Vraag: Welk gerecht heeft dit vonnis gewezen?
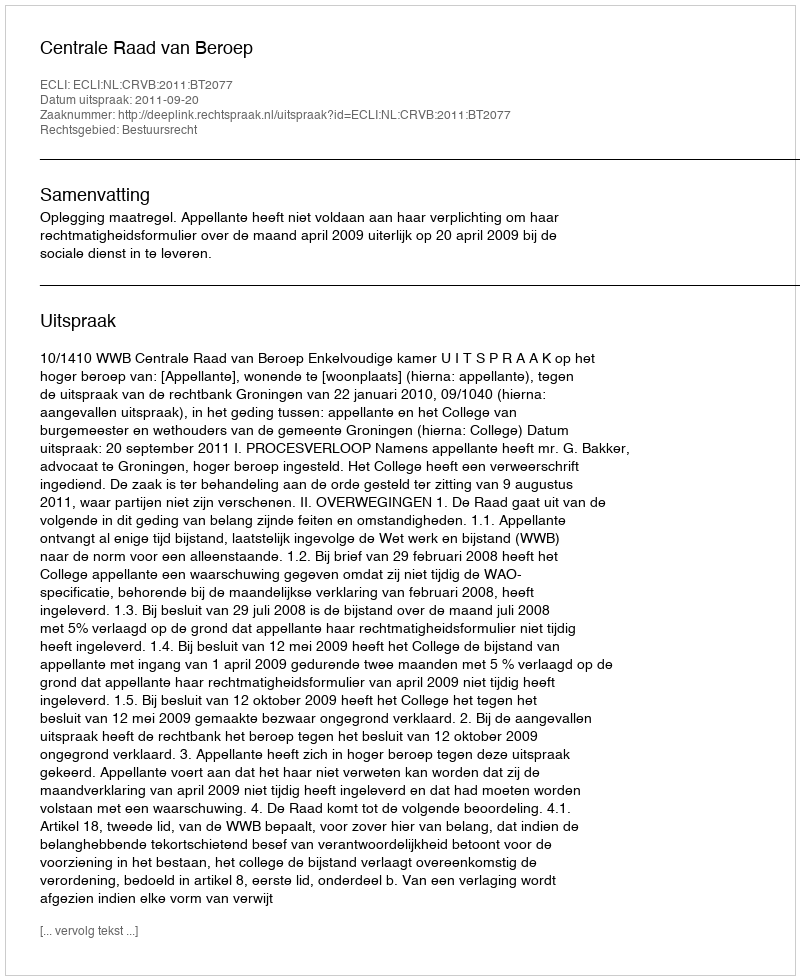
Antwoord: Centrale Raad van Beroep